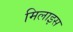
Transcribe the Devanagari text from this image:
मिलाइस